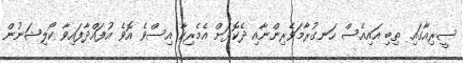
ސީރިއާގައި ތިބި އައިއެސް ހަނގުރާމަވެރިންނާއި ދެކޮޅަށް އެމެރިކާ އިސްވެ އޮވެ އުފައްދާފައިވާ ކޯލިޝަނުން